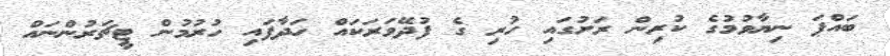
ބައްޕަ ނިޔާވުމުގެ ކުރިން ރަށުގައި ހުރި ގެ ފުދޭވަރަކަައް ހަދާފައި ހުރުމުން ޓީޗަރުންނައް